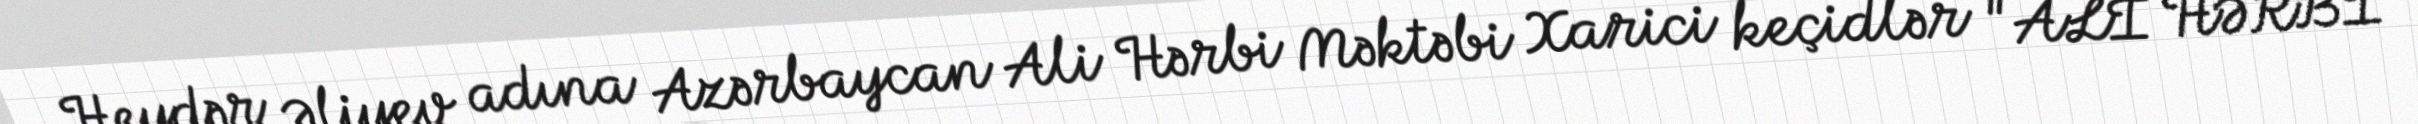
Heydər Əliyev adına Azərbaycan Ali Hərbi Məktəbi Xarici keçidlər "ALİ HƏRBİ